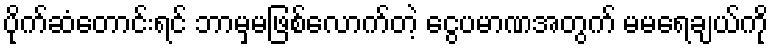
ပိုက်ဆံတောင်းရင် ဘာမှမဖြစ်လောက်တဲ့ ငွေပမာဏအတွက် မမရေချယ်ကို